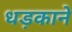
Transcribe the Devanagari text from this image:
धड़काने